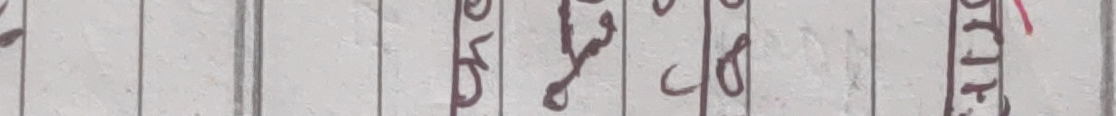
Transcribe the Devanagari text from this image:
७५१४३७१४८०८११